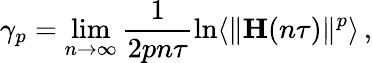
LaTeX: \gamma_{p}=\operatorname*{lim}_{n\to\infty}\frac{1}{2pn\tau}\ln\langle\| {\mathbf H}(n\tau)\| ^{p}\rangle\, ,